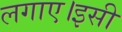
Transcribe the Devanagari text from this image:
लगाए।इसी